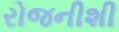
રોજનીશી